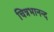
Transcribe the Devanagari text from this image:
चित्रभानन्द